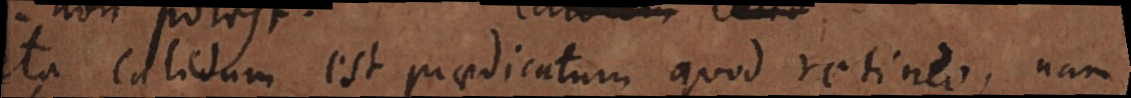
Ita calidum est praedicatum quod retineo, nam